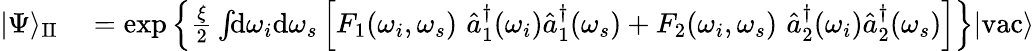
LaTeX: \begin{array}{rl}{|\Psi\rangle_{\mathrm{II}}}&{{}=\exp\left\{ \frac{\xi}{2}\int\! \! \mathrm{d}\omega_{i}\mathrm{d}\omega_{s}\left[F_{1}(\omega_{i},\omega_{s})\, \, \hat{a}_{1}^{\dagger}(\omega_{i})\hat{a}_{1}^{\dagger}(\omega_{s})+F_{2}(\omega_{i},\omega_{s})\, \, \hat{a}_{2}^{\dagger}(\omega_{i})\hat{a}_{2}^{\dagger}(\omega_{s})\right]\right\} |\mathrm{vac}\rangle}\end{array}